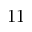
1 1